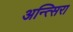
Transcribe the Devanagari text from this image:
अन्त्सिरा